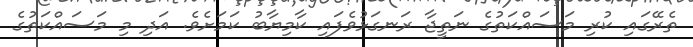
ތެރޭގައި ކުރި މަސައްކަތުގެ ނަތީޖާ ރަނގަޅުވެފައި ކާމިޔާބު ކަމަށެވެ. އަދި މި މަސައްކަތުގެ